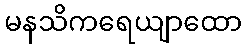
မနသိကရေယျာထော